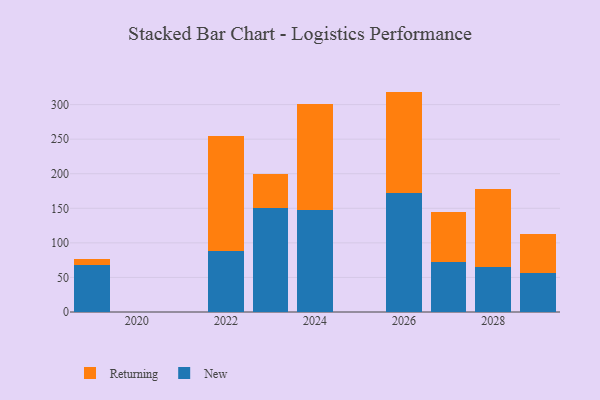
{"axis": {"x": "Year", "y": "Shipments"}, "legend": ["New", "Returning"], "data": [{"x": "2024", "y": 147.7, "type": "New"}, {"x": "2024", "y": 153.3, "type": "Returning"}, {"x": "2028", "y": 64.7, "type": "New"}, {"x": "2028", "y": 112.7, "type": "Returning"}, {"x": "2019", "y": 67.9, "type": "New"}, {"x": "2019", "y": 8.9, "type": "Returning"}, {"x": "2027", "y": 72.5, "type": "New"}, {"x": "2027", "y": 72.5, "type": "Returning"}, {"x": "2022", "y": 88.8, "type": "New"}, {"x": "2022", "y": 165.1, "type": "Returning"}, {"x": "2029", "y": 56.4, "type": "New"}, {"x": "2029", "y": 56.9, "type": "Returning"}, {"x": "2023", "y": 150.9, "type": "New"}, {"x": "2023", "y": 48.5, "type": "Returning"}, {"x": "2026", "y": 172.1, "type": "New"}, {"x": "2026", "y": 146.7, "type": "Returning"}]}